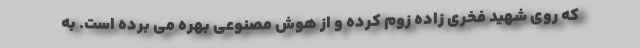
که روی شهید فخری زاده زوم کرده و از هوش مصنوعی بهره می برده است. به